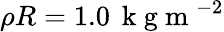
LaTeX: \rho R=1.0\, \mathrm{~k~g~m~}^{-2}